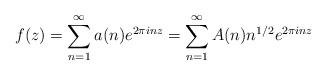
LaTeX: \begin{align*}f(z)=\sum_{n=1}^{\infty}a(n) e^{2 \pi i n z} =\sum_{n=1}^{\infty}A(n)n^{1/2} e^{2 \pi i n z}\end{align*}